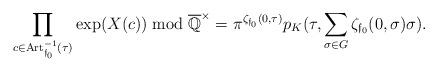
LaTeX: \begin{align*} \prod_{c \in \mathrm{Art}_{\mathfrak f_0}^{-1}(\tau)}\exp(X(c)) \bmod \overline{\mathbb Q}^\times =\pi^{\zeta_{\mathfrak f_0}(0,\tau)}p_K(\tau,\sum_{\sigma \in G}\zeta_{\mathfrak f_0}(0,\sigma)\sigma).\end{align*}